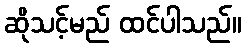
ဆိုသင့်မည် ထင်ပါသည်။